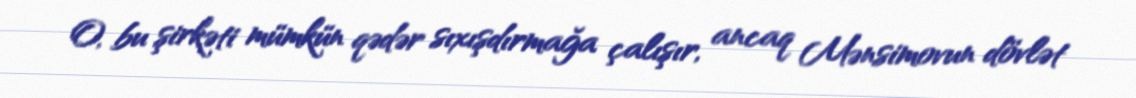
O, bu şirkəti mümkün qədər sıxışdırmağa çalışır, ancaq Mənsimovun dövlət